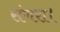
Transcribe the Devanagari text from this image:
संगरा।